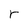
Character: r